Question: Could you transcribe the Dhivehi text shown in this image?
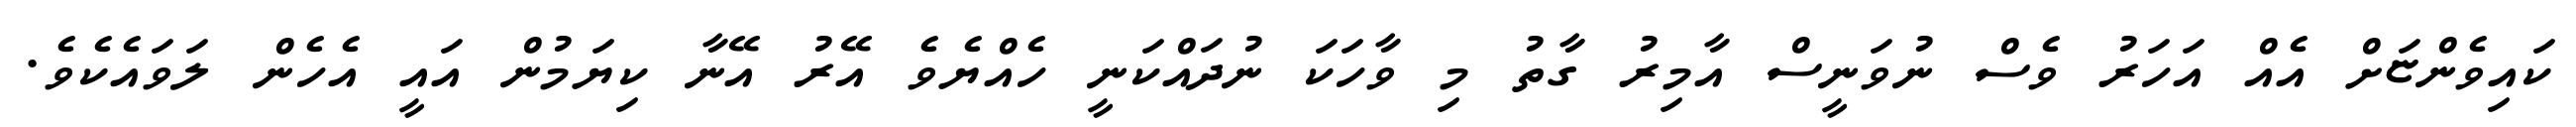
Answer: ކައިވެންޏަށް އެއް އަހަރު ވެސް ނުވަނީސް އާމިރު ގާތު މި ވާހަކަ ނުދައްކަނީ ހެއްޔެވެ އޭރު އޭނާ ކިޔަމުން އައީ އެހެން ލަވައެކެވެ.